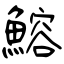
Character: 鰫